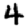
Digit: 4